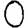
Digit: 0